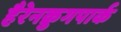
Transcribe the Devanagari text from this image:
हैरेनक्रुगपार्क